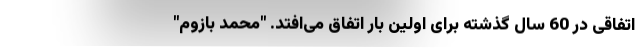
اتفاقی در 60 سال گذشته برای اولین بار اتفاق می‌افتد. "محمد بازوم"